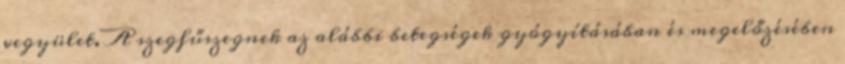
vegyület. A szegfűszegnek az alábbi betegségek gyógyításában és megelőzésében